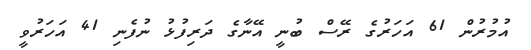
އުމުރުން 61 އަހަރުގެ ރޭސް ބުނީ އޭނާގެ ދަރިފުޅު ނުފެނި 41 އަހަރުވީ